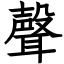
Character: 聲